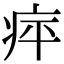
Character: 𤵣